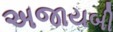
અજાયબી